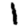
Digit: 1